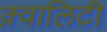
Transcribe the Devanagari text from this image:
क़्वालिटी